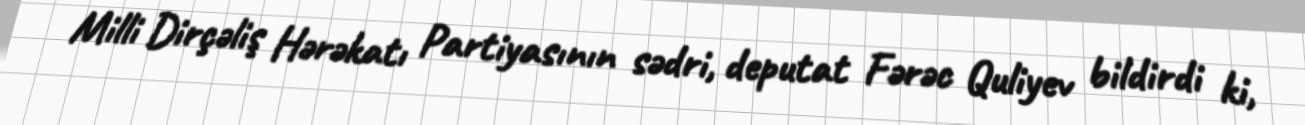
Milli Dirçəliş Hərəkatı Partiyasının sədri, deputat Fərəc Quliyev bildirdi ki,